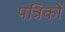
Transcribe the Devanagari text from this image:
पत्रिकों